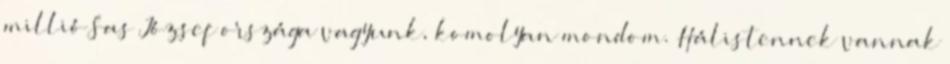
millió Sas József országa vagyunk, komolyan mondom. Hálistennek vannak